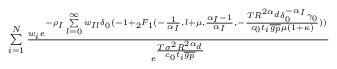
LaTeX: \begin{align*}\scriptstyle\sum\limits_{i=1}^N \frac{w_i e^{-\rho_I\sum\limits_{l=0}^{\infty} w_{Il}\delta_0 (-1 + {}_2F_1(-\frac{1}{\alpha_I}, l+\mu, \frac{\alpha_I-1}{\alpha_I}, -\frac{T R^{2 \alpha_d} \delta_0^{-\alpha_I} \gamma_0}{c_0 t_i \overline{g_p} \mu (1+\kappa) })) } }{ e^{\frac{T \sigma^2 R^{2 \alpha_d}}{c_0 t_i \overline{g_p}}} }\end{align*}